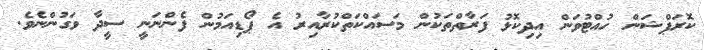
ކޮރަޕްޝަން ހުއްޓުވަން އިދިކޮޅު ފަރާތްތަކުން މަސައްކަތްކުރާއިރު އެ ޕޯޑިއަމުން ފެންނަނީ ސީދާ ވަގުންނެވެ.